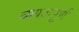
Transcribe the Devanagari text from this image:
व्यग्रतापूर्ण